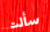
سألت